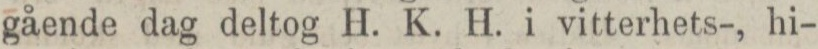
gående dag deltog H. K. H. i vitterhets-, hi-